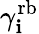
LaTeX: \gamma_{\mathbf{i}}^{\mathrm{{rb}}}